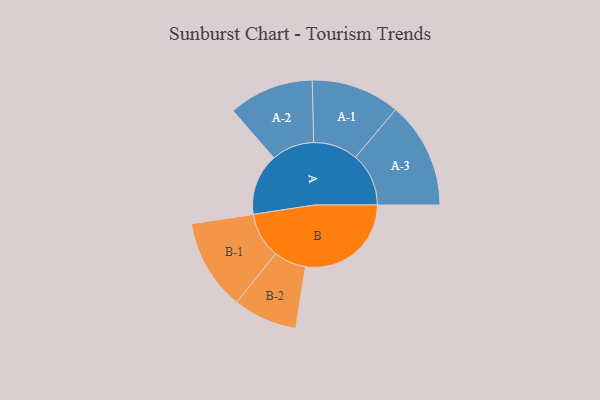
{"axis": {"x": "Segment", "y": "Value"}, "legend": ["", "A", "B"], "data": [{"x": "A", "y": 236, "type": ""}, {"x": "B", "y": 405, "type": ""}, {"x": "A-1", "y": 170, "type": "A"}, {"x": "A-2", "y": 163, "type": "A"}, {"x": "A-3", "y": 204, "type": "A"}, {"x": "B-1", "y": 174, "type": "B"}, {"x": "B-2", "y": 123, "type": "B"}]}